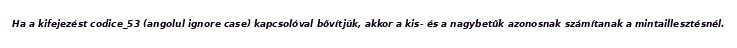
Ha a kifejezést codice_53 (angolul ignore case) kapcsolóval bővítjük, akkor a kis- és a nagybetűk azonosnak számítanak a mintaillesztésnél.